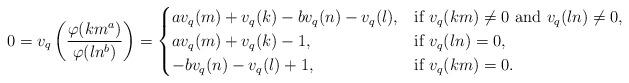
LaTeX: \begin{align*} 0= v_q\left(\frac{\varphi(km^a)}{\varphi(ln^b)}\right)=\begin{cases} av_q(m)+v_q(k)-bv_q(n)-v_q(l), & \mbox{if}\, \, v_q(km)\ne0\,\, \mbox{and}\,\, v_q(ln)\ne0, \\ av_q(m)+v_q(k)-1, & \mbox{if}\, \, v_q(ln)=0, \\ -bv_q(n)-v_q(l)+1, & \mbox{if} \,\, v_q(km)=0.\\\end{cases} \end{align*}